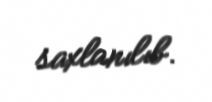
saxlanılıb.